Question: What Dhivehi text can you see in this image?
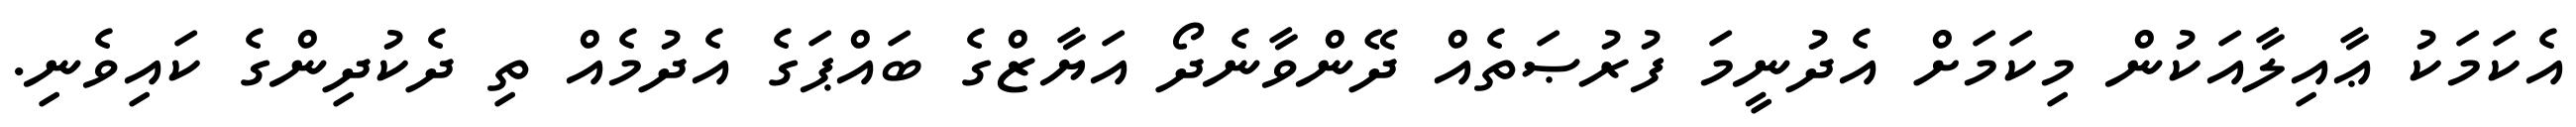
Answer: އެކަމަކު ޢާއިލާއަކުން މިކަމަށް އެދުނީމަ ފުރުޞަތެއް ދޭންވާނެދޯ އަޔާޒްގެ ބައްޕަގެ އެދުމެއް ތި ދެކުދިންގެ ކައިވެނި.